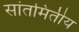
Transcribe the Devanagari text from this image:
सांतमितीय